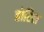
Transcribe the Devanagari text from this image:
होरिल